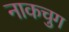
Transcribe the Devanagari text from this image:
नाकचुग